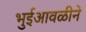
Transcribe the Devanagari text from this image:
भुईआवळीने